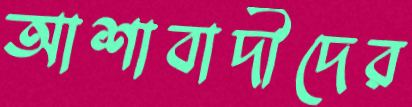
আশাবাদীদের